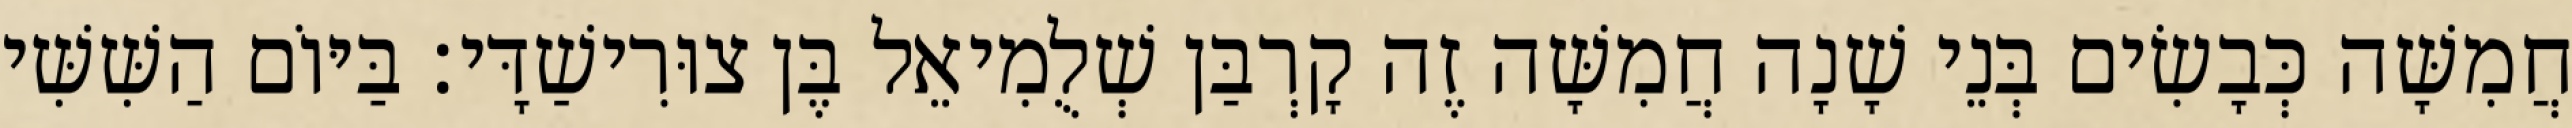
חֲמִשָּׁה כְּבָשִׂים בְּנֵי שָׁנָה חֲמִשָּׁה זֶה קָרְבַּן שְׁלֻמִיאֵל בֶּן צוּרִישַׁדָּי׃ בַּיּוֹם הַשִּׁשִּׁי